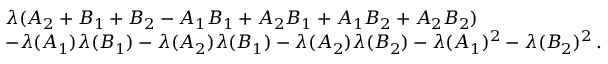
\begin{array} { r l } & { \lambda ( A _ { 2 } + B _ { 1 } + B _ { 2 } - A _ { 1 } B _ { 1 } + A _ { 2 } B _ { 1 } + A _ { 1 } B _ { 2 } + A _ { 2 } B _ { 2 } ) } \\ & { - \lambda ( A _ { 1 } ) \lambda ( B _ { 1 } ) - \lambda ( A _ { 2 } ) \lambda ( B _ { 1 } ) - \lambda ( A _ { 2 } ) \lambda ( B _ { 2 } ) - \lambda ( A _ { 1 } ) ^ { 2 } - \lambda ( B _ { 2 } ) ^ { 2 } \, . } \end{array}